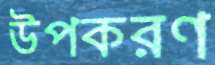
উপকরণ